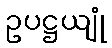
ဥပဋ္ဌယျုံ